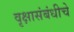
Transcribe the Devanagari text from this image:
वृक्षासंबंधीचे